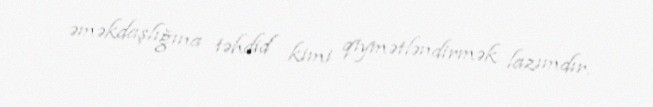
əməkdaşlığına təhdid kimi qiymətləndirmək lazımdır.